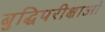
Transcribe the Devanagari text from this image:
बुद्धिपरीक्षाओं